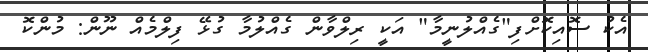
އެކު ސޮއިކޮށްފި"ގެއްލުނީމާ" އަކީ ރިލްވާން ގެއްލުމާ ގުޅޭ ފިލްމެއް ނޫން: މުންކޮ